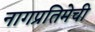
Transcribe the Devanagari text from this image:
नागप्रतिमेची